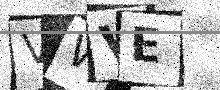
Text: VWVE